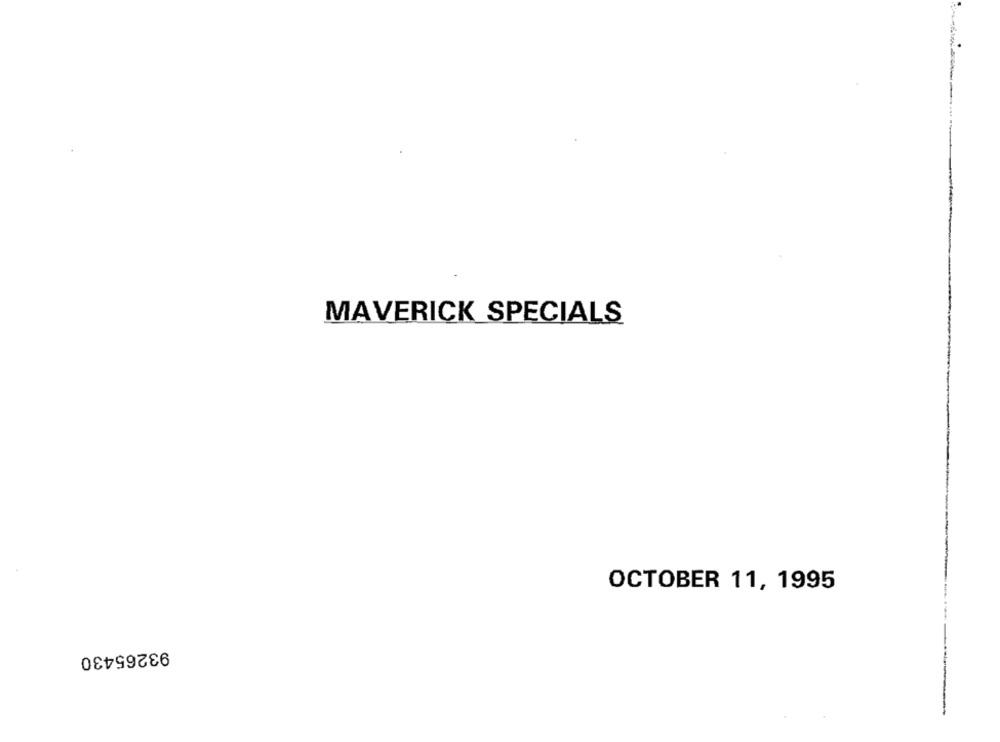
MAVERICK SPECIALS
OCTOBER 11, 1995
93265430